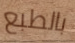
بالطبع